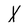
Character: X